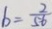
b = \frac { 2 } { 5 6 }